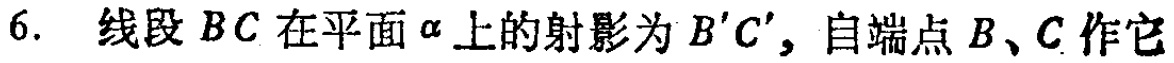
6. 线段 \(BC\) 在平面 \(\alpha\) 上的射影为 \(B'C'\)，自端点 \(B\)、\(C\) 作它